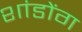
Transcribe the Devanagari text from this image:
शांडोंग